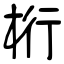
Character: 桁